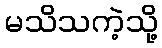
မသိသကဲ့သို့